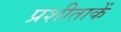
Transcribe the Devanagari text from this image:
प्रशीताकें